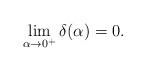
LaTeX: \begin{align*}\lim_{\alpha\rightarrow0^+}\delta(\alpha)=0.\end{align*}